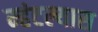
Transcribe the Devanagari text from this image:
म्हंटल्यास